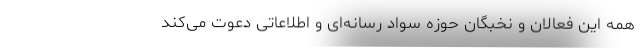
همه این فعالان و نخبگان حوزه سواد رسانه‌ای و اطلاعاتی دعوت می‌کند